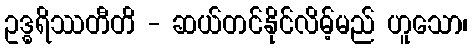
ဥဒ္ဓရိဿတီတိ - ဆယ်တင်နိုင်လိမ့်မည် ဟူသော၊